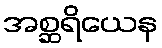
အစ္ဆရိယေန